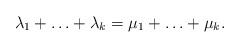
LaTeX: \begin{align*} \lambda_1 + \ldots + \lambda_k = \mu_1 + \ldots +\mu_k .\end{align*}